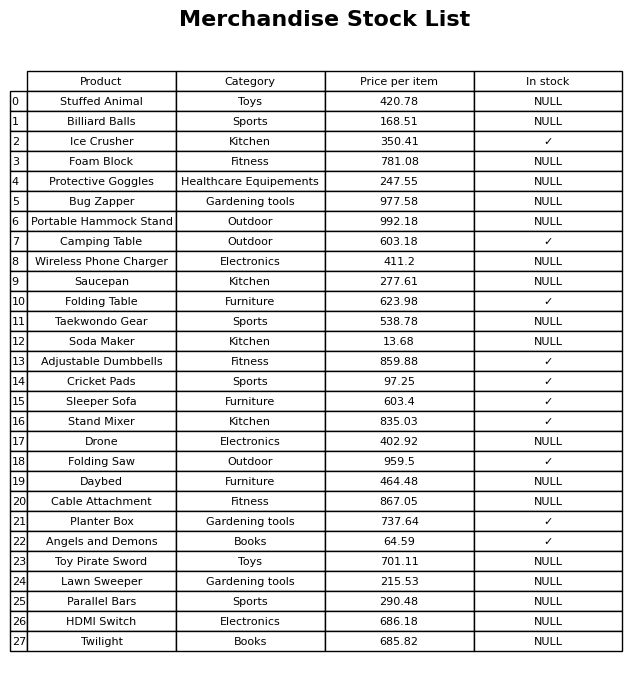
question: What is the price of the Camping Table?
answer: The price of Camping Table is 603.18.